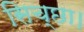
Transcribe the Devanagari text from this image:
सिच्‍छा।